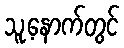
သူ့နောက်တွင်